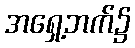
အရှေ့ဘက်၌